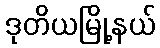
ဒုတိယမြို့နယ်